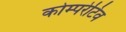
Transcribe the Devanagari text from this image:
कोम्परेटिव